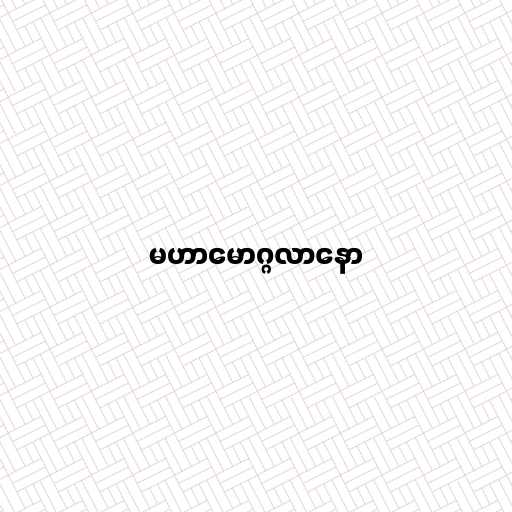
မဟာမောဂ္ဂလာနော